Annual report on the health of the army in India
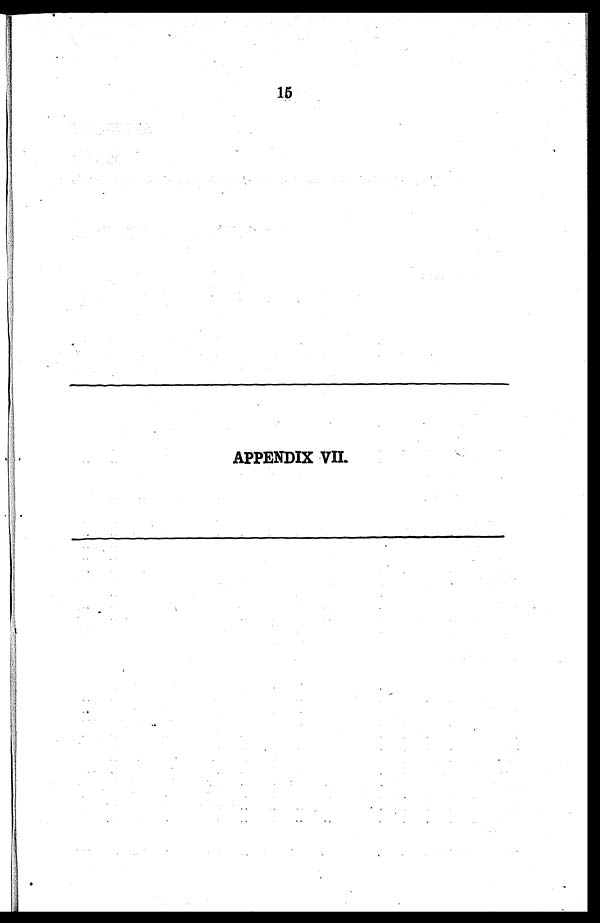
15
APPENDIX VII.